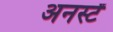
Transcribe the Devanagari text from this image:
अनर्स्टं